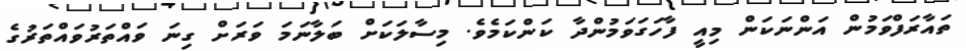
ތައާރަފްވަމުން އަންނަކަން މިއީ ފާހަގަވަމުންދާ ކަންކަމެވެ. މިސާލަކަށް ބަލާނަމަ ވަރަށް ގިނަ ވައްތަރުވައްތަރުގެ